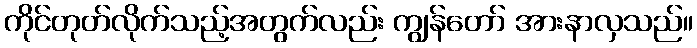
ကိုင်တုတ်လိုက်သည့်အတွက်လည်း ကျွန်တော် အားနာလှသည်။